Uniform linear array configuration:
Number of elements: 48
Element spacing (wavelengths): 0.5
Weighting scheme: kaiser
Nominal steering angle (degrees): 0
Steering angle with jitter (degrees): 1.699
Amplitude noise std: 0.05
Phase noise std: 0.05

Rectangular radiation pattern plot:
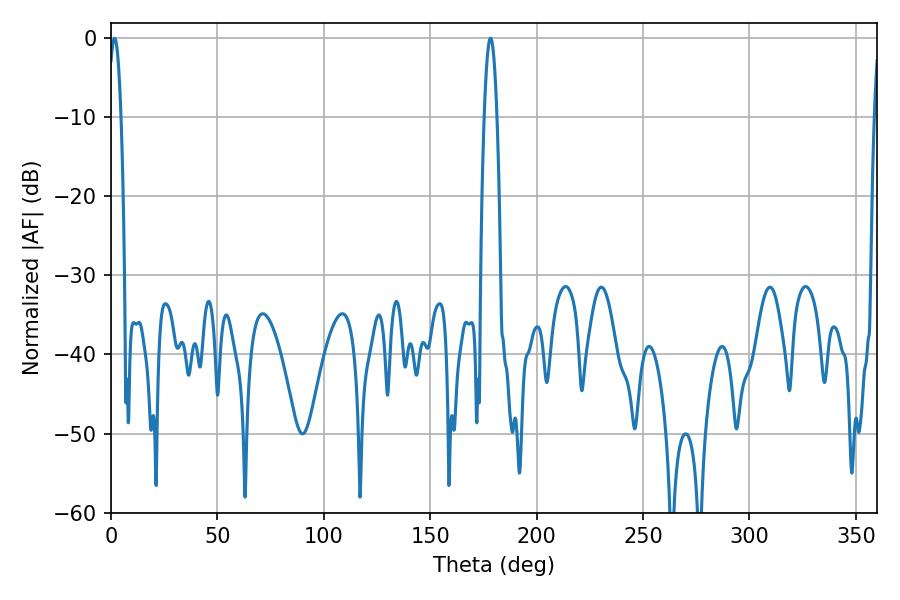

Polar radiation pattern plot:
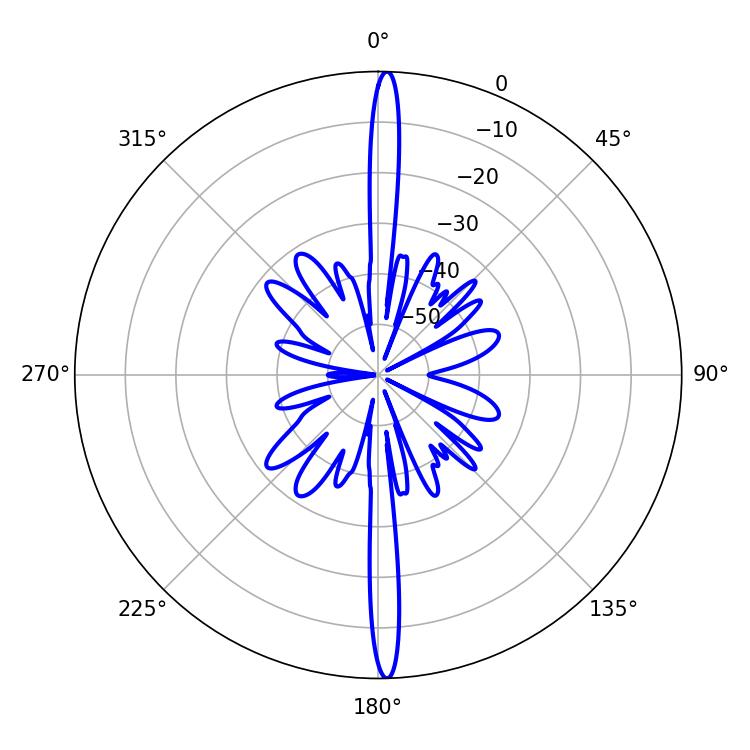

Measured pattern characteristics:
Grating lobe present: FALSE
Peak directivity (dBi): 27.45
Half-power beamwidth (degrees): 3.24
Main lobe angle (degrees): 178.38